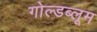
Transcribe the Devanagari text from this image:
गोल्डब्लूम